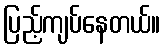
ပြည့်ကျပ်နေတယ်။